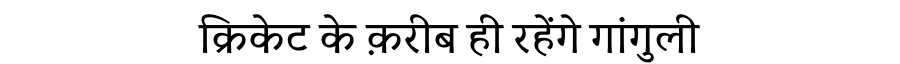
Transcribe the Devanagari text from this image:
क्रिकेट के क़रीब ही रहेंगे गांगुली